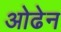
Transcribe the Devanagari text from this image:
ओढेन